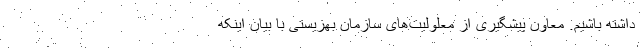
داشته باشیم. معاون پیشگیری از معلولیت‌های سازمان بهزیستی با بیان اینکه